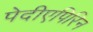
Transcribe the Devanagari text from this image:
पेदीएपिरिन